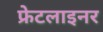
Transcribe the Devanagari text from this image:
फ्रेटलाइनर